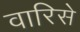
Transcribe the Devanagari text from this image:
वारिसे